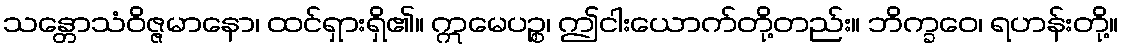
သန္တောသံဝိဇ္ဇမာနော၊ ထင်ရှားရှိ၏။ ဣမေပဉ္စ၊ ဤငါးယောက်တို့တည်း။ ဘိက္ခဝေ၊ ရဟန်းတို့။